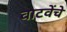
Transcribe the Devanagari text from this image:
वाटवेंचे